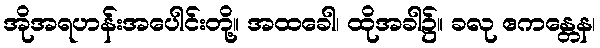
အိုအရဟန်းအပေါင်းတို့။ အထခေါ၊ ထိုအခါ၌။ ခလု ဧကန္တေန၊